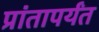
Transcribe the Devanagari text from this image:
प्रांतापर्यंत